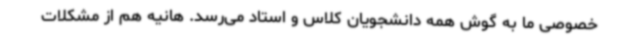
خصوصی ما به گوش همه دانشجویان کلاس و استاد می‌رسد. هانیه هم از مشکلات